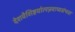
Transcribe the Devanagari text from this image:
देशवैशिष्टयोत्पन्नवाच्यसंभवा